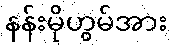
နန်းမိုဟွမ်အား